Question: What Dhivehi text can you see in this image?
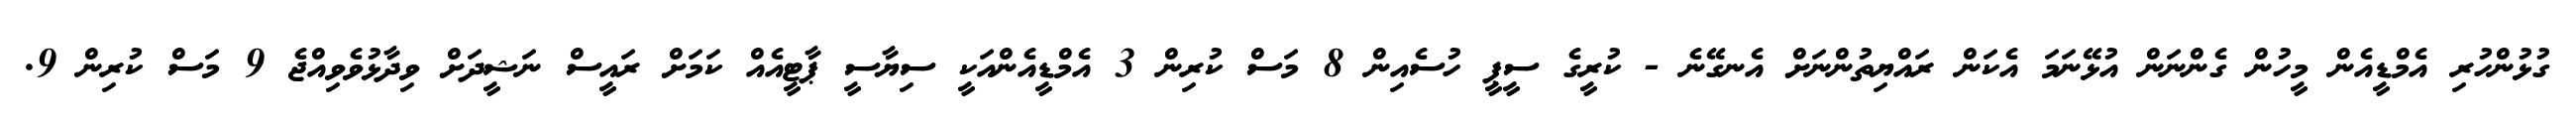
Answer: ގުޅުންހުރި އެމްޑީއެން މީހުން ގެންނަން އުޅޭނަމަ އެކަން ރައްޔިތުންނަށް އެނގޭނެ - ކުރީގެ ސީޕީ ހުސެއިން 8 މަސް ކުރިން 3 އެމްޑީއެންއަކީ ސިޔާސީ ޕާޓީއެއް ކަމަށް ރައީސް ނަޝީދަށް ވިދާޅުވެވިއްޖެ 9 މަސް ކުރިން 9.